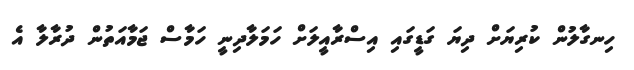
ހިނގާލުން ކުރިޔަށް ދިޔަ ގަޑީގައި އިސްރާއީލަށް ހަމަލާދިނީ ހަމާސް ޖަމާއަތުން ދުރާލާ އެ